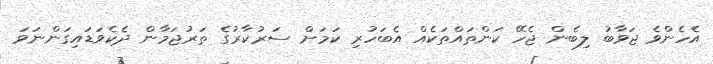
އެހެންވެ ޖަވާބު ލިބެން ޖެހޭ ކަންތައްތަކެއް އެބަހުރި ކަމަށް ސަރުކާރުގެ ތަރުޖަމާން ދެކެވަޑައިގަންނަވަ